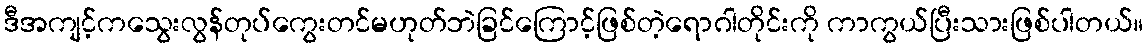
ဒီအကျင့်ကသွေးလွန်တုပ်ကွေးတင်မဟုတ်ဘဲခြင်ကြောင့်ဖြစ်တဲ့ရောဂါတိုင်းကို ကာကွယ်ပြီးသားဖြစ်ပါတယ်။